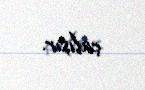
çalışır.